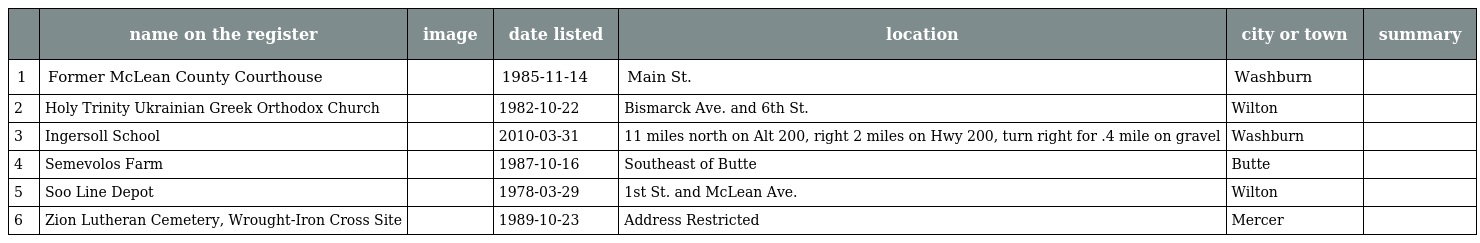
|  | name on the register | image | date listed | location | city or town | summary |
 | --- | --- | --- | --- | --- | --- | --- |
 | 1 | Former McLean County Courthouse |  | 1985-11-14 | Main St. | Washburn |  |
 | 2 | Holy Trinity Ukrainian Greek Orthodox Church |  | 1982-10-22 | Bismarck Ave. and 6th St. | Wilton |  |
 | 3 | Ingersoll School |  | 2010-03-31 | 11 miles north on Alt 200, right 2 miles on Hwy 200, turn right for .4 mile on gravel | Washburn |  |
 | 4 | Semevolos Farm |  | 1987-10-16 | Southeast of Butte | Butte |  |
 | 5 | Soo Line Depot |  | 1978-03-29 | 1st St. and McLean Ave. | Wilton |  |
 | 6 | Zion Lutheran Cemetery, Wrought-Iron Cross Site |  | 1989-10-23 | Address Restricted | Mercer |  |